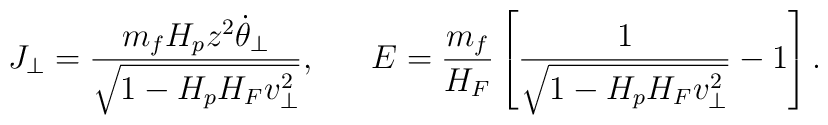
J_{\perp}={{m_fH_pz^2\dot{\theta}_{\perp}}\over\sqrt{1-H_pH_Fv^2_{\perp}}},\ \ \ \ \ E={{m_f}\over{H_F}}\left[{1\over{\sqrt{1-H_pH_Fv^2_{\perp}}}}-1\right].